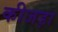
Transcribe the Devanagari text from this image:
कीजड़ा